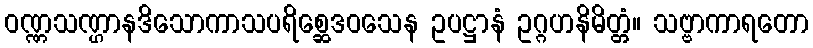
ဝဏ္ဏသဏ္ဌာနဒိသောကာသပရိစ္ဆေဒဝသေန ဥပဋ္ဌာနံ ဥဂ္ဂဟနိမိတ္တံ။ သဗ္ဗာကာရတော